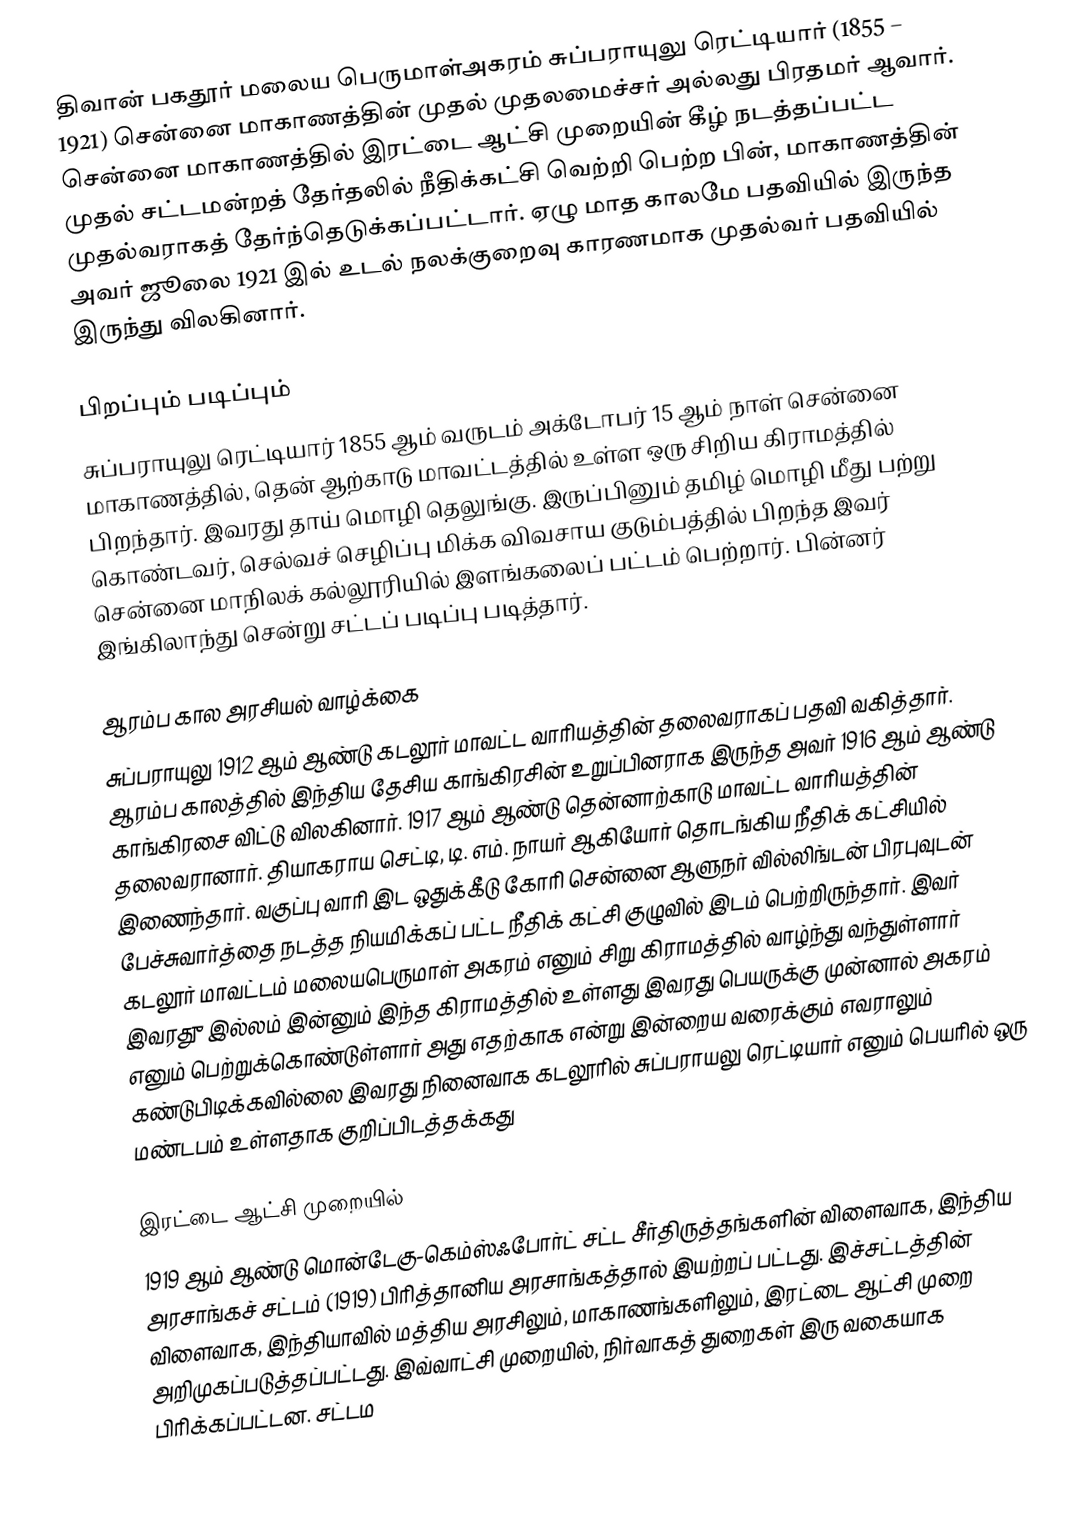
திவான் பகதூர் மலைய பெருமாள்அகரம் சுப்பராயுலு ரெட்டியார் (1855 – 1921) சென்னை மாகாணத்தின் முதல் முதலமைச்சர் அல்லது பிரதமர்  ஆவார். சென்னை மாகாணத்தில் இரட்டை ஆட்சி முறையின் கீழ் நடத்தப்பட்ட முதல் சட்டமன்றத் தேர்தலில் நீதிக்கட்சி வெற்றி பெற்ற பின், மாகாணத்தின் முதல்வராகத் தேர்ந்தெடுக்கப்பட்டார். ஏழு மாத காலமே பதவியில் இருந்த அவர் ஜூலை 1921 இல் உடல் நலக்குறைவு காரணமாக முதல்வர் பதவியில் இருந்து விலகினார்.

பிறப்பும் படிப்பும்
சுப்பராயுலு ரெட்டியார் 1855 ஆம் வருடம் அக்டோபர் 15 ஆம் நாள் சென்னை மாகாணத்தில், தென் ஆற்காடு மாவட்டத்தில் உள்ள ஒரு சிறிய கிராமத்தில் பிறந்தார். இவரது தாய் மொழி தெலுங்கு. இருப்பினும் தமிழ் மொழி மீது பற்று கொண்டவர், செல்வச் செழிப்பு மிக்க விவசாய குடும்பத்தில் பிறந்த இவர் சென்னை மாநிலக் கல்லூரியில் இளங்கலைப் பட்டம் பெற்றார். பின்னர் இங்கிலாந்து சென்று சட்டப் படிப்பு படித்தார்.

ஆரம்ப கால அரசியல் வாழ்க்கை
சுப்பராயுலு 1912 ஆம் ஆண்டு கடலூர் மாவட்ட வாரியத்தின் தலைவராகப் பதவி வகித்தார். ஆரம்ப காலத்தில் இந்திய தேசிய காங்கிரசின் உறுப்பினராக இருந்த அவர் 1916 ஆம் ஆண்டு காங்கிரசை விட்டு விலகினார். 1917 ஆம் ஆண்டு தென்னாற்காடு மாவட்ட வாரியத்தின் தலைவரானார். தியாகராய செட்டி, டி. எம். நாயர் ஆகியோர் தொடங்கிய நீதிக் கட்சியில் இணைந்தார். வகுப்பு வாரி இட ஒதுக்கீடு கோரி சென்னை ஆளுநர் வில்லிங்டன் பிரபுவுடன் பேச்சுவார்த்தை நடத்த நியமிக்கப் பட்ட நீதிக் கட்சி குழுவில் இடம் பெற்றிருந்தார். இவர் கடலூர் மாவட்டம் மலையபெருமாள் அகரம் எனும் சிறு  கிராமத்தில் வாழ்ந்து வந்துள்ளார் இவரதுு இல்லம் இன்னும் இந்த கிராமத்தில் உள்ளது  இவரது பெயருக்கு முன்னால் அகரம் எனும் பெற்றுக்கொண்டுள்ளார் அது எதற்காக என்று இன்றைய வரைக்கும்  எவராலும் கண்டுபிடிக்கவில்லை இவரது நினைவாக கடலூரில் சுப்பராயலு ரெட்டியார் எனும் பெயரில் ஒரு மண்டபம் உள்ளதாக குறிப்பிடத்தக்கது

இரட்டை ஆட்சி முறையில்
1919 ஆம் ஆண்டு மொன்டேகு-கெம்ஸ்ஃபோர்ட் சட்ட சீர்திருத்தங்களின் விளைவாக, இந்திய அரசாங்கச் சட்டம் (1919) பிரித்தானிய அரசாங்கத்தால் இயற்றப் பட்டது. இச்சட்டத்தின் விளைவாக, இந்தியாவில் மத்திய அரசிலும், மாகாணங்களிலும், இரட்டை ஆட்சி முறை அறிமுகப்படுத்தப்பட்டது. இவ்வாட்சி முறையில், நிர்வாகத் துறைகள் இரு வகையாக பிரிக்கப்பட்டன. சட்டம